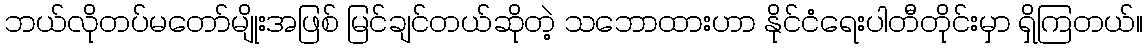
ဘယ်လိုတပ်မတော်မျိုးအဖြစ် မြင်ချင်တယ်ဆိုတဲ့ သဘောထားဟာ နိုင်ငံရေးပါတီတိုင်းမှာ ရှိကြတယ်။